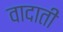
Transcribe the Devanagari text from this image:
वादाती